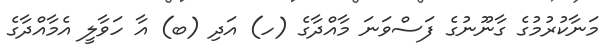
މަނާކުރުމުގެ ގާނޫނުގެ ފަސްވަނަ މާއްދާގެ (ހ) އަދި (ބ) އާ ހަވާލީ އެމާއްދާގެ